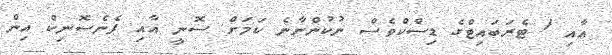
އާއި 1 ޓެރަބައިޓްގެ ޑިސްކްވެސް ނުކުންނާނެ ކަމަށް ސޮނީ އާއި ޕެނެސޮނިކް އިން